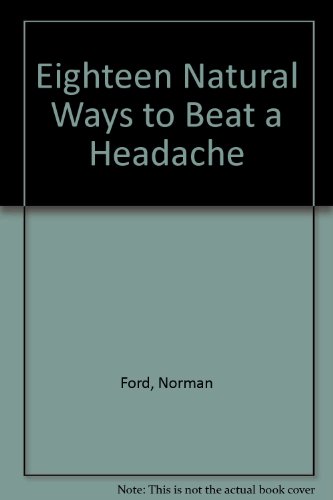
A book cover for Eighteen Natural Ways to Beat a Headache (A Keats original health book); Norman D. Ford; Health, Fitness & Dieting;